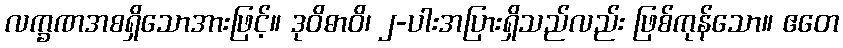
လက္ခဏအစရှိသောအားဖြင့်။ ဒုဝိဓာဝိ၊ ၂-ပါးအပြားရှိသည်လည်း ဖြစ်ကုန်သော။ ဧတေ